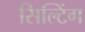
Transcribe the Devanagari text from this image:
सिल्टिंग